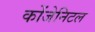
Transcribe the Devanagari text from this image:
कोंजेनिटल